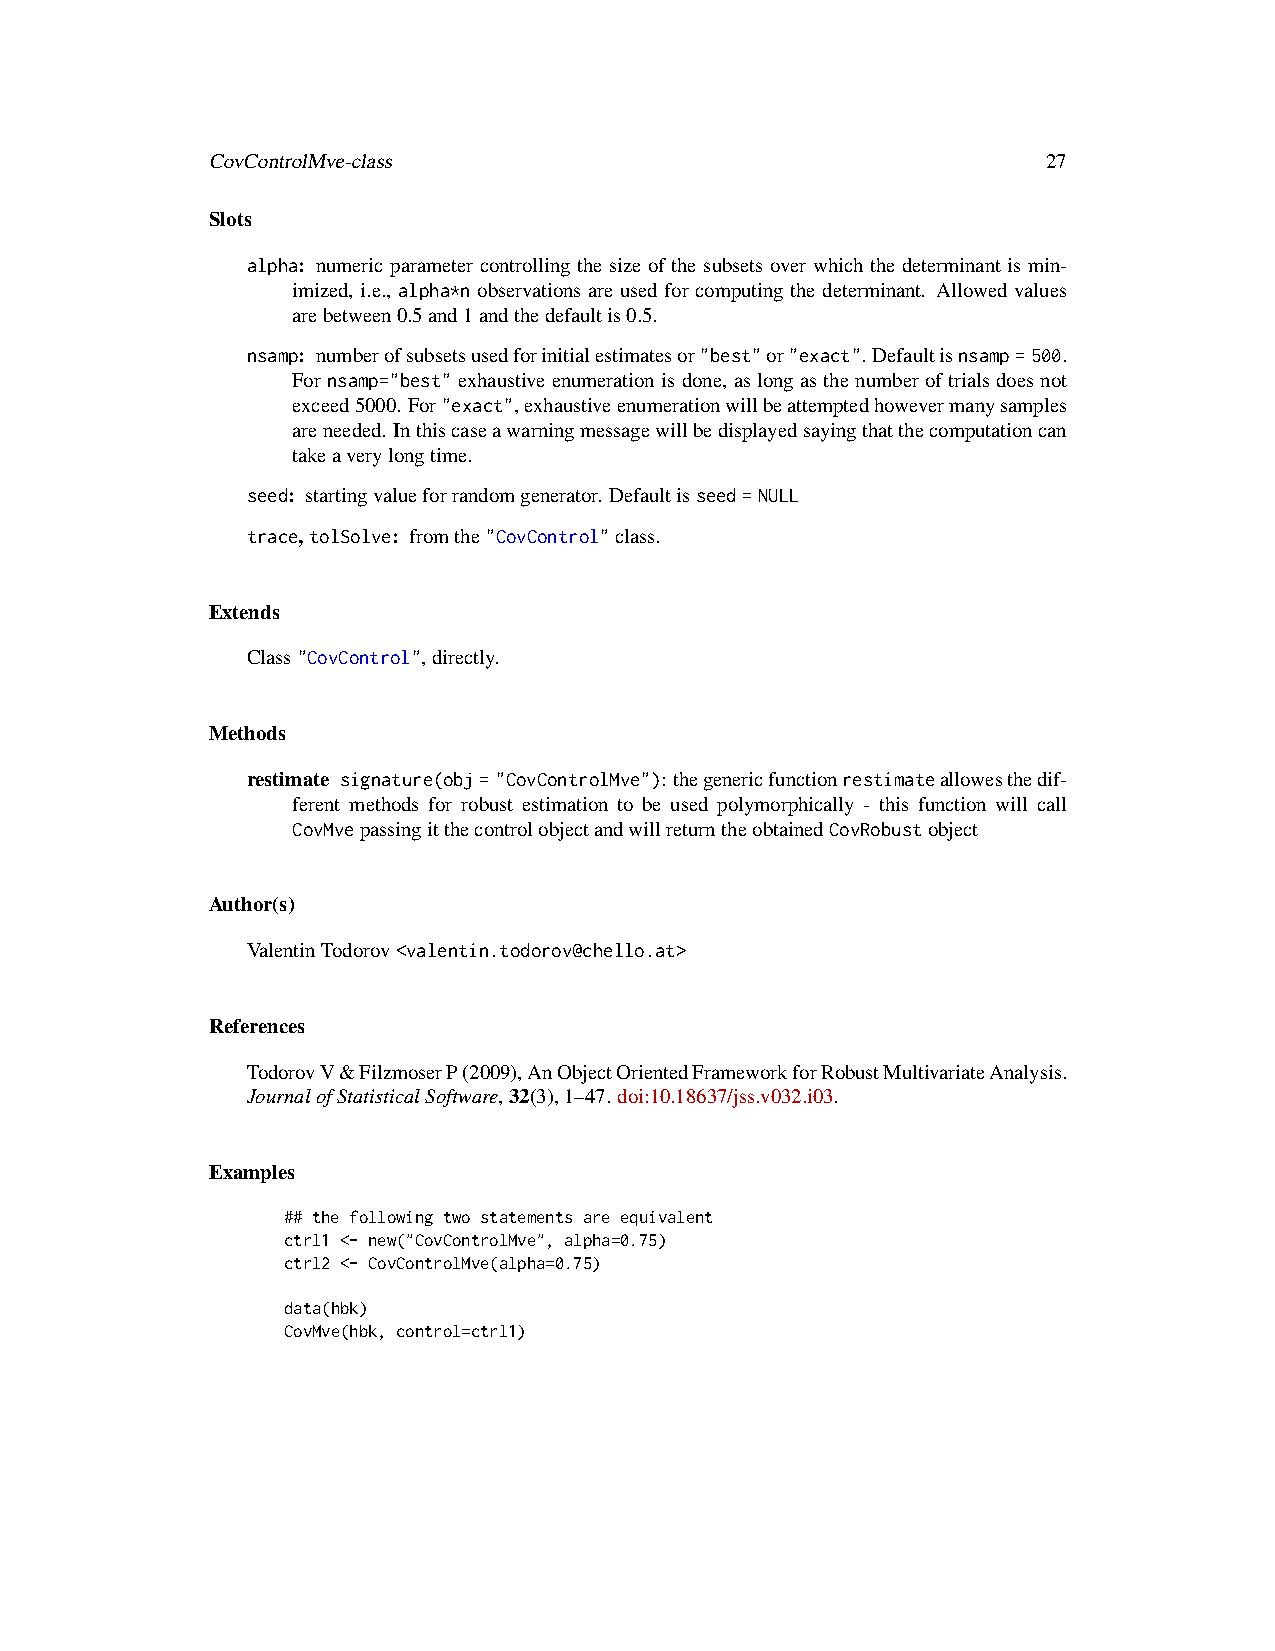
CovControlMve-class                                    27
 Slots
 alpha: numeric parameter controlling the size of the subsets over which the determinant is min-
 imized, i.e., alpha*n observations are used for computing the determinant. Allowed values
 arebetween0.5and1andthedefaultis0.5.
 nsamp: numberofsubsetsusedforinitialestimatesor"best"or"exact". Defaultisnsamp=500.
 Fornsamp="best"exhaustiveenumerationisdone, aslongasthenumberoftrialsdoesnot
 exceed5000. For"exact",exhaustiveenumerationwillbeattemptedhowevermanysamples
 areneeded. Inthiscaseawarningmessagewillbedisplayedsayingthatthecomputationcan
 takeaverylongtime.
 seed: startingvalueforrandomgenerator. Defaultisseed=NULL
 trace,tolSolve: fromthe"CovControl"class.
 Extends
 Class"CovControl",directly.
 Methods
 restimate signature(obj="CovControlMve"):thegenericfunctionrestimateallowesthedif-
 ferent methods for robust estimation to be used polymorphically - this function will call
 CovMvepassingitthecontrolobjectandwillreturntheobtainedCovRobustobject
 Author(s)
 ValentinTodorov<valentin.todorov@chello.at>
 References
 TodorovV&FilzmoserP(2009),AnObjectOrientedFrameworkforRobustMultivariateAnalysis.
 JournalofStatisticalSoftware,32(3),1–47. doi:10.18637/jss.v032.i03.
 Examples
 ## the following two statements are equivalent
 ctrl1 <- new("CovControlMve", alpha=0.75)
 ctrl2 <- CovControlMve(alpha=0.75)
 data(hbk)
 CovMve(hbk, control=ctrl1)